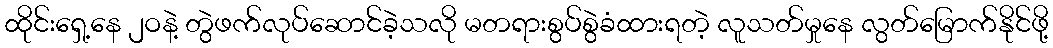
ထိုင်းရှေ့နေ ၂ဝနဲ့ တွဲဖက်လုပ်ဆောင်ခဲ့သလို မတရားစွပ်စွဲခံထားရတဲ့ လူသတ်မှုနေ လွတ်မြောက်နိုင်ဖို့